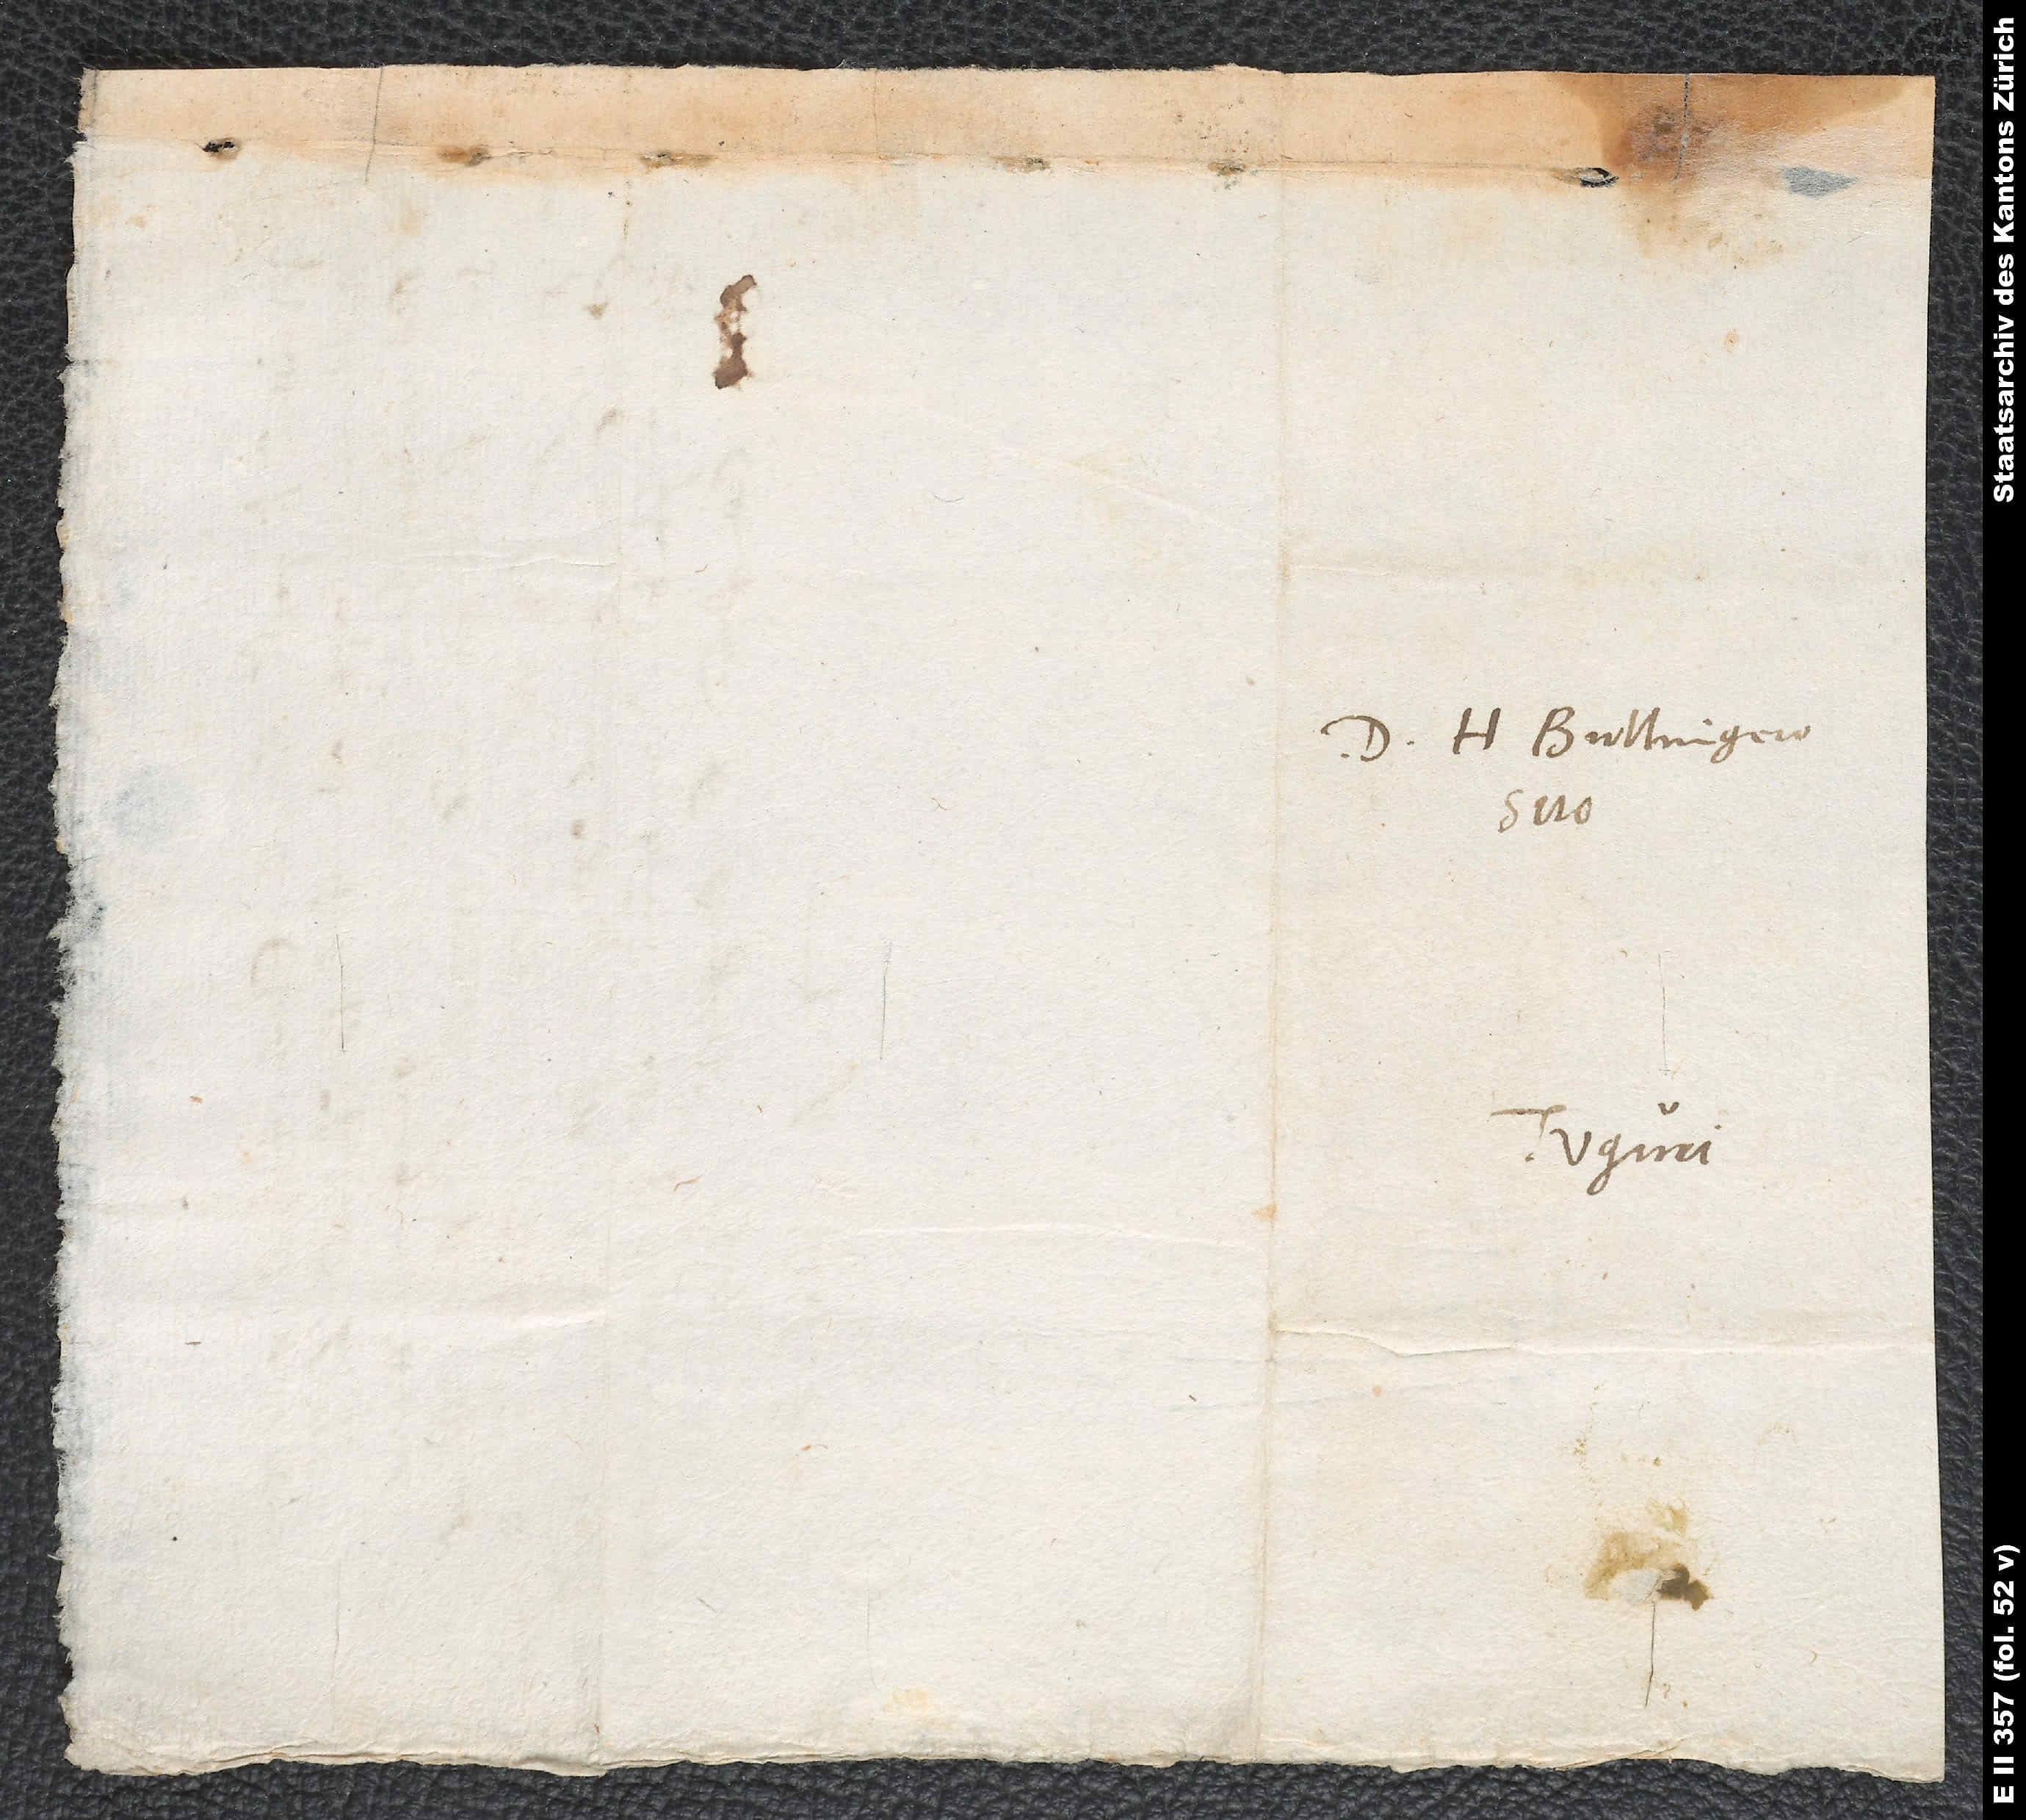
Domino H. Bullingero.
Tiguri.